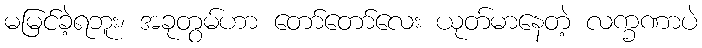
မမြင်ခဲ့ရဘူး၊ အခုတွမ်ဟာ တော်တော်လေး ယုတ်မာနေတဲ့ လက္ခဏာပဲ